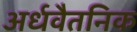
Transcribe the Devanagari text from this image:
अर्धवैतनिक